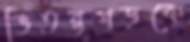
ভিতরগড়কে